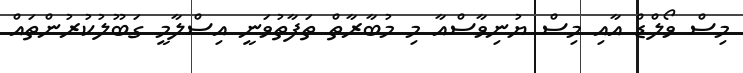
މިސް ވޯލްޑް އާއި މިސް ޔުނިވާސްއާ މި މުބާރާތް ތަފާތުވަނީ އިސްލާމީ ގަބޫލުކުރުންތައް